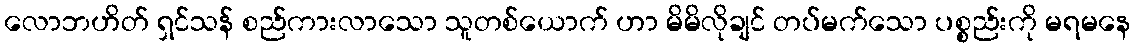
လောဘဟိတ် ရှင်သန် စည်ကားလာသော သူတစ်ယောက် ဟာ မိမိလိုချင် တပ်မက်သော ပစ္စည်းကို မရမနေ